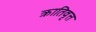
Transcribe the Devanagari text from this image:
क्रातिवृत्त